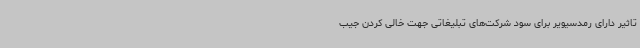
تاثیر دارای رمدسیویر برای سود شرکت‌های تبلیغاتی جهت خالی کردن جیب